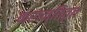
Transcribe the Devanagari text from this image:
क्रान्तिवृत